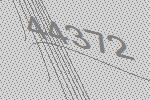
44372